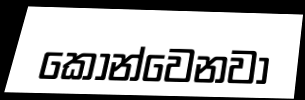
කොන්වෙනවා